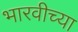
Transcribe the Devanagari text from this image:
भारवीच्या